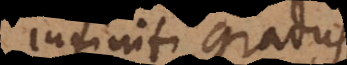
infiniti gradus;